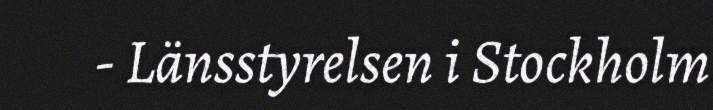
- Länsstyrelsen i Stockholm